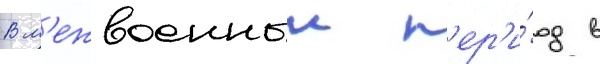
В м'ежвоенныи п'ер'и́од в